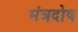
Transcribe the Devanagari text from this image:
मंत्रदोष